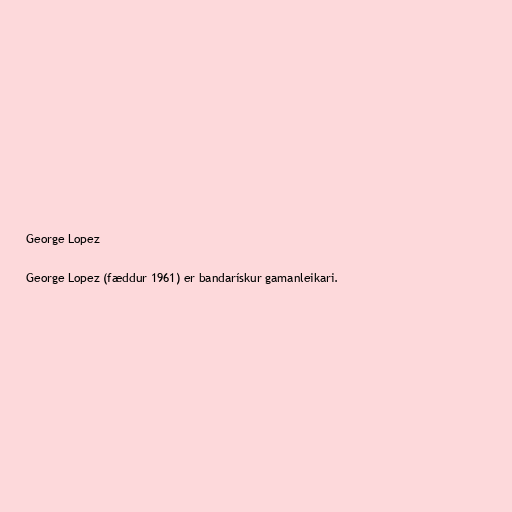
George Lopez

George Lopez (fæddur 1961) er bandarískur gamanleikari.